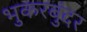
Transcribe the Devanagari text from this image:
भुकरबुंदर